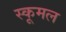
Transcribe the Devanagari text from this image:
स्कूमल